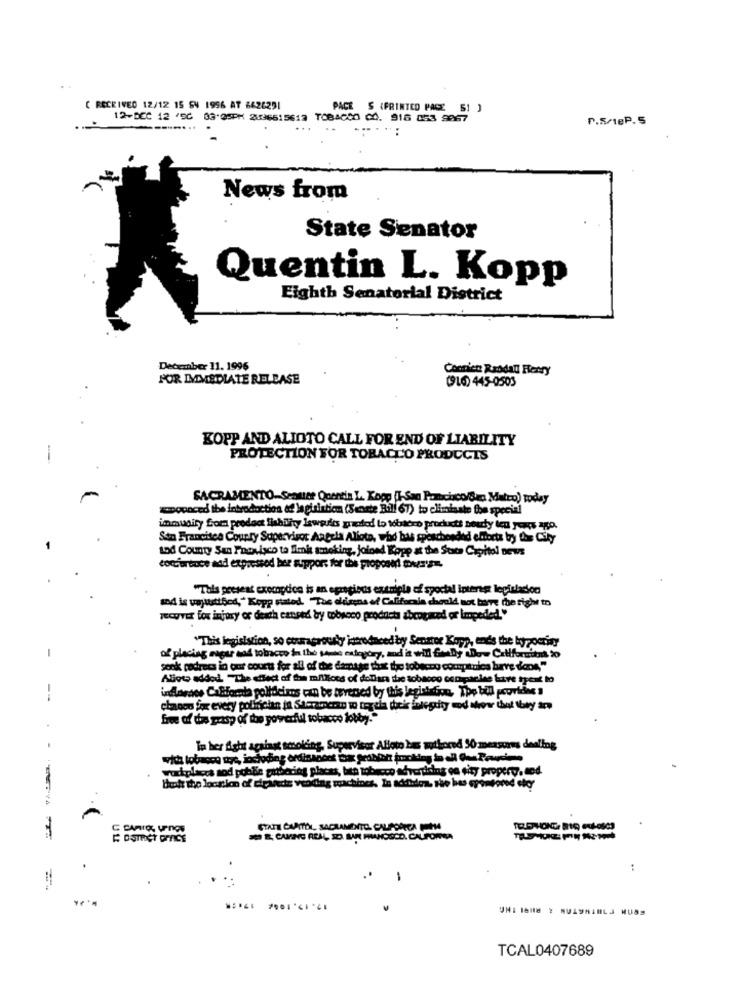
C RECEIVED 12/12 15 SV 1956 AT 6626291
PACE S (PRINTED PACE 5! ]
12-DEC 12 /50 03'25PM 2036615612 TOBACCO C. 916 053 9967
P.S/18P.5
News from
State Senator
Quentin L. Kopp
Eighth Senatorial District
December 11. 1996
Conrict: Randall Henry
FOR IMMEDIATE RELEASE
(916) 445-0503
KOPP AND ALIOTO CALL FOR END OF LIABILITY
PROTECTION FOR TOBACCO PRODUCTS
SACRAMENTO-Seater Quentin L Kopp (I-San Porcisco/Sep Mateo) today
zapopaced the introduction et lapirinticm (Senate Bill 67) to eliminate the special
immunity Som predoct liability lawsuits quoted to tobibro procheti boudy ten years ago.
Son Francisca County Supervisor Aagela Alloto, who bas speschonded eltorta by Los City
Lod County San Foovisco ta Smit smoking, jofond Kopp at the State Capitol Dews
tomarboce and expressod her support for the proposal onesy.
"This present exempdice is an egregious extripla of sportal interest legislation
sod is uajustibed," Kopp Fiated. "The oldisens of Califscala cheald not bare the right to
JEcuVEE fox injury or death caused by tobacco products zbrogazed or Impeded."
"This legislation, so courageously introduced by Senator Kopp, ends the hypocrisy
of placing nagur and tobacco in the souse estoyory, and it will fully wow Citiformint to
sonk podrecs in our courts for all of the damage that the tobacco companies have done"
Alioto added. "The effect of the millions of dollars the tobacco compaclee have spent to
inAlardes California polideimos can be tevensed by this legisi ion, The bill .covhave "
free of des potsp of the powerful tobacco lobby!"
In her fight against smoking, Supervisor Alloto bas authored 50 measures dealing
with tobusse stye, including erdissoons wa gedalors packing be all Oue Possiamo
workplacca sod poble ginbieding places, bien tobacco advertising on city propery. dod.
but the location of dirigede vending machines, In adden, she has sponsored okey
STATE CAPITOL, SACRAMENTO, CALIPORICA PUHA
:
UNI ION8 2 MULDHIMLJ MUSS
TCAL0407689